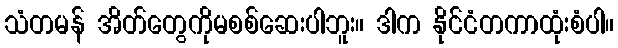
သံတမန် အိတ်တွေကိုမစစ်ဆေးပါဘူး။ ဒါက နိုင်ငံတကာထုံးစံပါ။